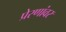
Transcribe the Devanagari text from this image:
प्रेरणांवर